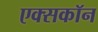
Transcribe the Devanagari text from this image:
एक्सकॉन